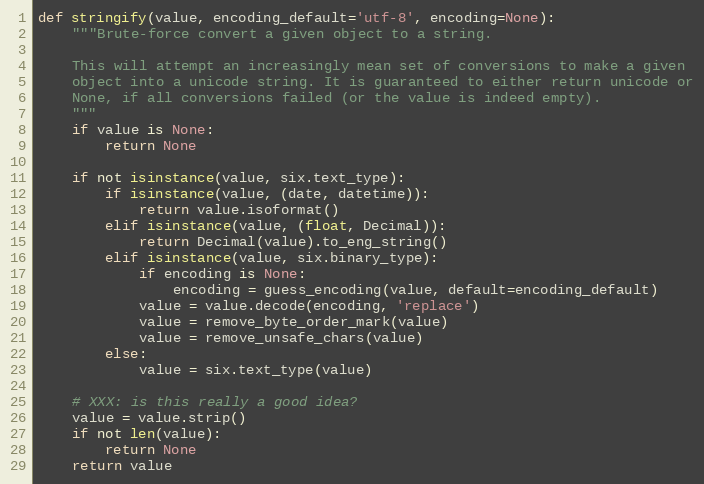
Language: Python
def stringify(value, encoding_default='utf-8', encoding=None):
    """Brute-force convert a given object to a string.

    This will attempt an increasingly mean set of conversions to make a given
    object into a unicode string. It is guaranteed to either return unicode or
    None, if all conversions failed (or the value is indeed empty).
    """
    if value is None:
        return None

    if not isinstance(value, six.text_type):
        if isinstance(value, (date, datetime)):
            return value.isoformat()
        elif isinstance(value, (float, Decimal)):
            return Decimal(value).to_eng_string()
        elif isinstance(value, six.binary_type):
            if encoding is None:
                encoding = guess_encoding(value, default=encoding_default)
            value = value.decode(encoding, 'replace')
            value = remove_byte_order_mark(value)
            value = remove_unsafe_chars(value)
        else:
            value = six.text_type(value)

    # XXX: is this really a good idea?
    value = value.strip()
    if not len(value):
        return None
    return value